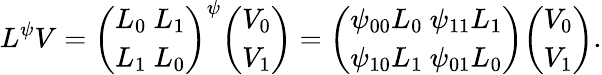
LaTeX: L^{\psi}V={\binom{L_{0}\ L_{1}}{L_{1}\ L_{0}}}^{\psi}{\binom{V_{0}}{V_{1}}}={\binom{\psi_{00}L_{0}\ \psi_{11}L_{1}}{\psi_{10}L_{1}\ \psi_{01}L_{0}}}{\binom{V_{0}}{V_{1}}}.